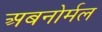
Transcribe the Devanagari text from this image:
अबनोर्मल